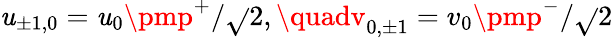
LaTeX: \mathit{u}_{\pm1,0}=\mathit{u}_{0}\pmp^{+}/\sqrt{}{{2}},\quadv_{0,\pm1}=v_{0}\pmp^{-}/\sqrt{}{{2}}